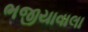
ભજીયાવાલા